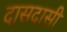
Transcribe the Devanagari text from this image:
दासदासी